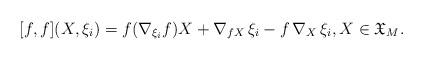
LaTeX: \begin{align*} [{f},{f}](X,\xi_i)= {f}(\nabla_{\xi_i}{f})X +\nabla_{{f} X}\,\xi_i -{f}\,\nabla_{X}\,\xi_i, X\in \mathfrak{X}_M .\end{align*}